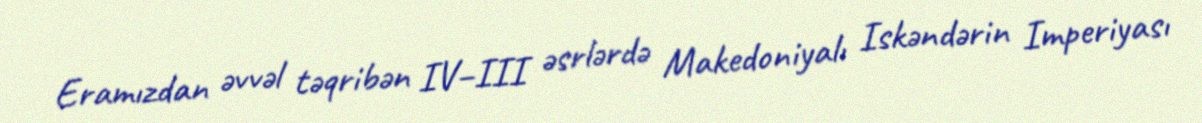
Eramızdan əvvəl təqribən IV–III əsrlərdə Makedoniyalı Iskəndərin Imperiyası